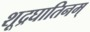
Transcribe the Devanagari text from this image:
शूद्रघातिनम्